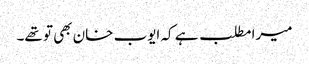
میرا مطلب ہے کہ ایوب خان بھی تو تھے۔